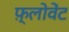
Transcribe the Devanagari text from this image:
फ़्लोवेंट